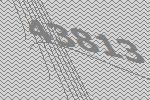
43813